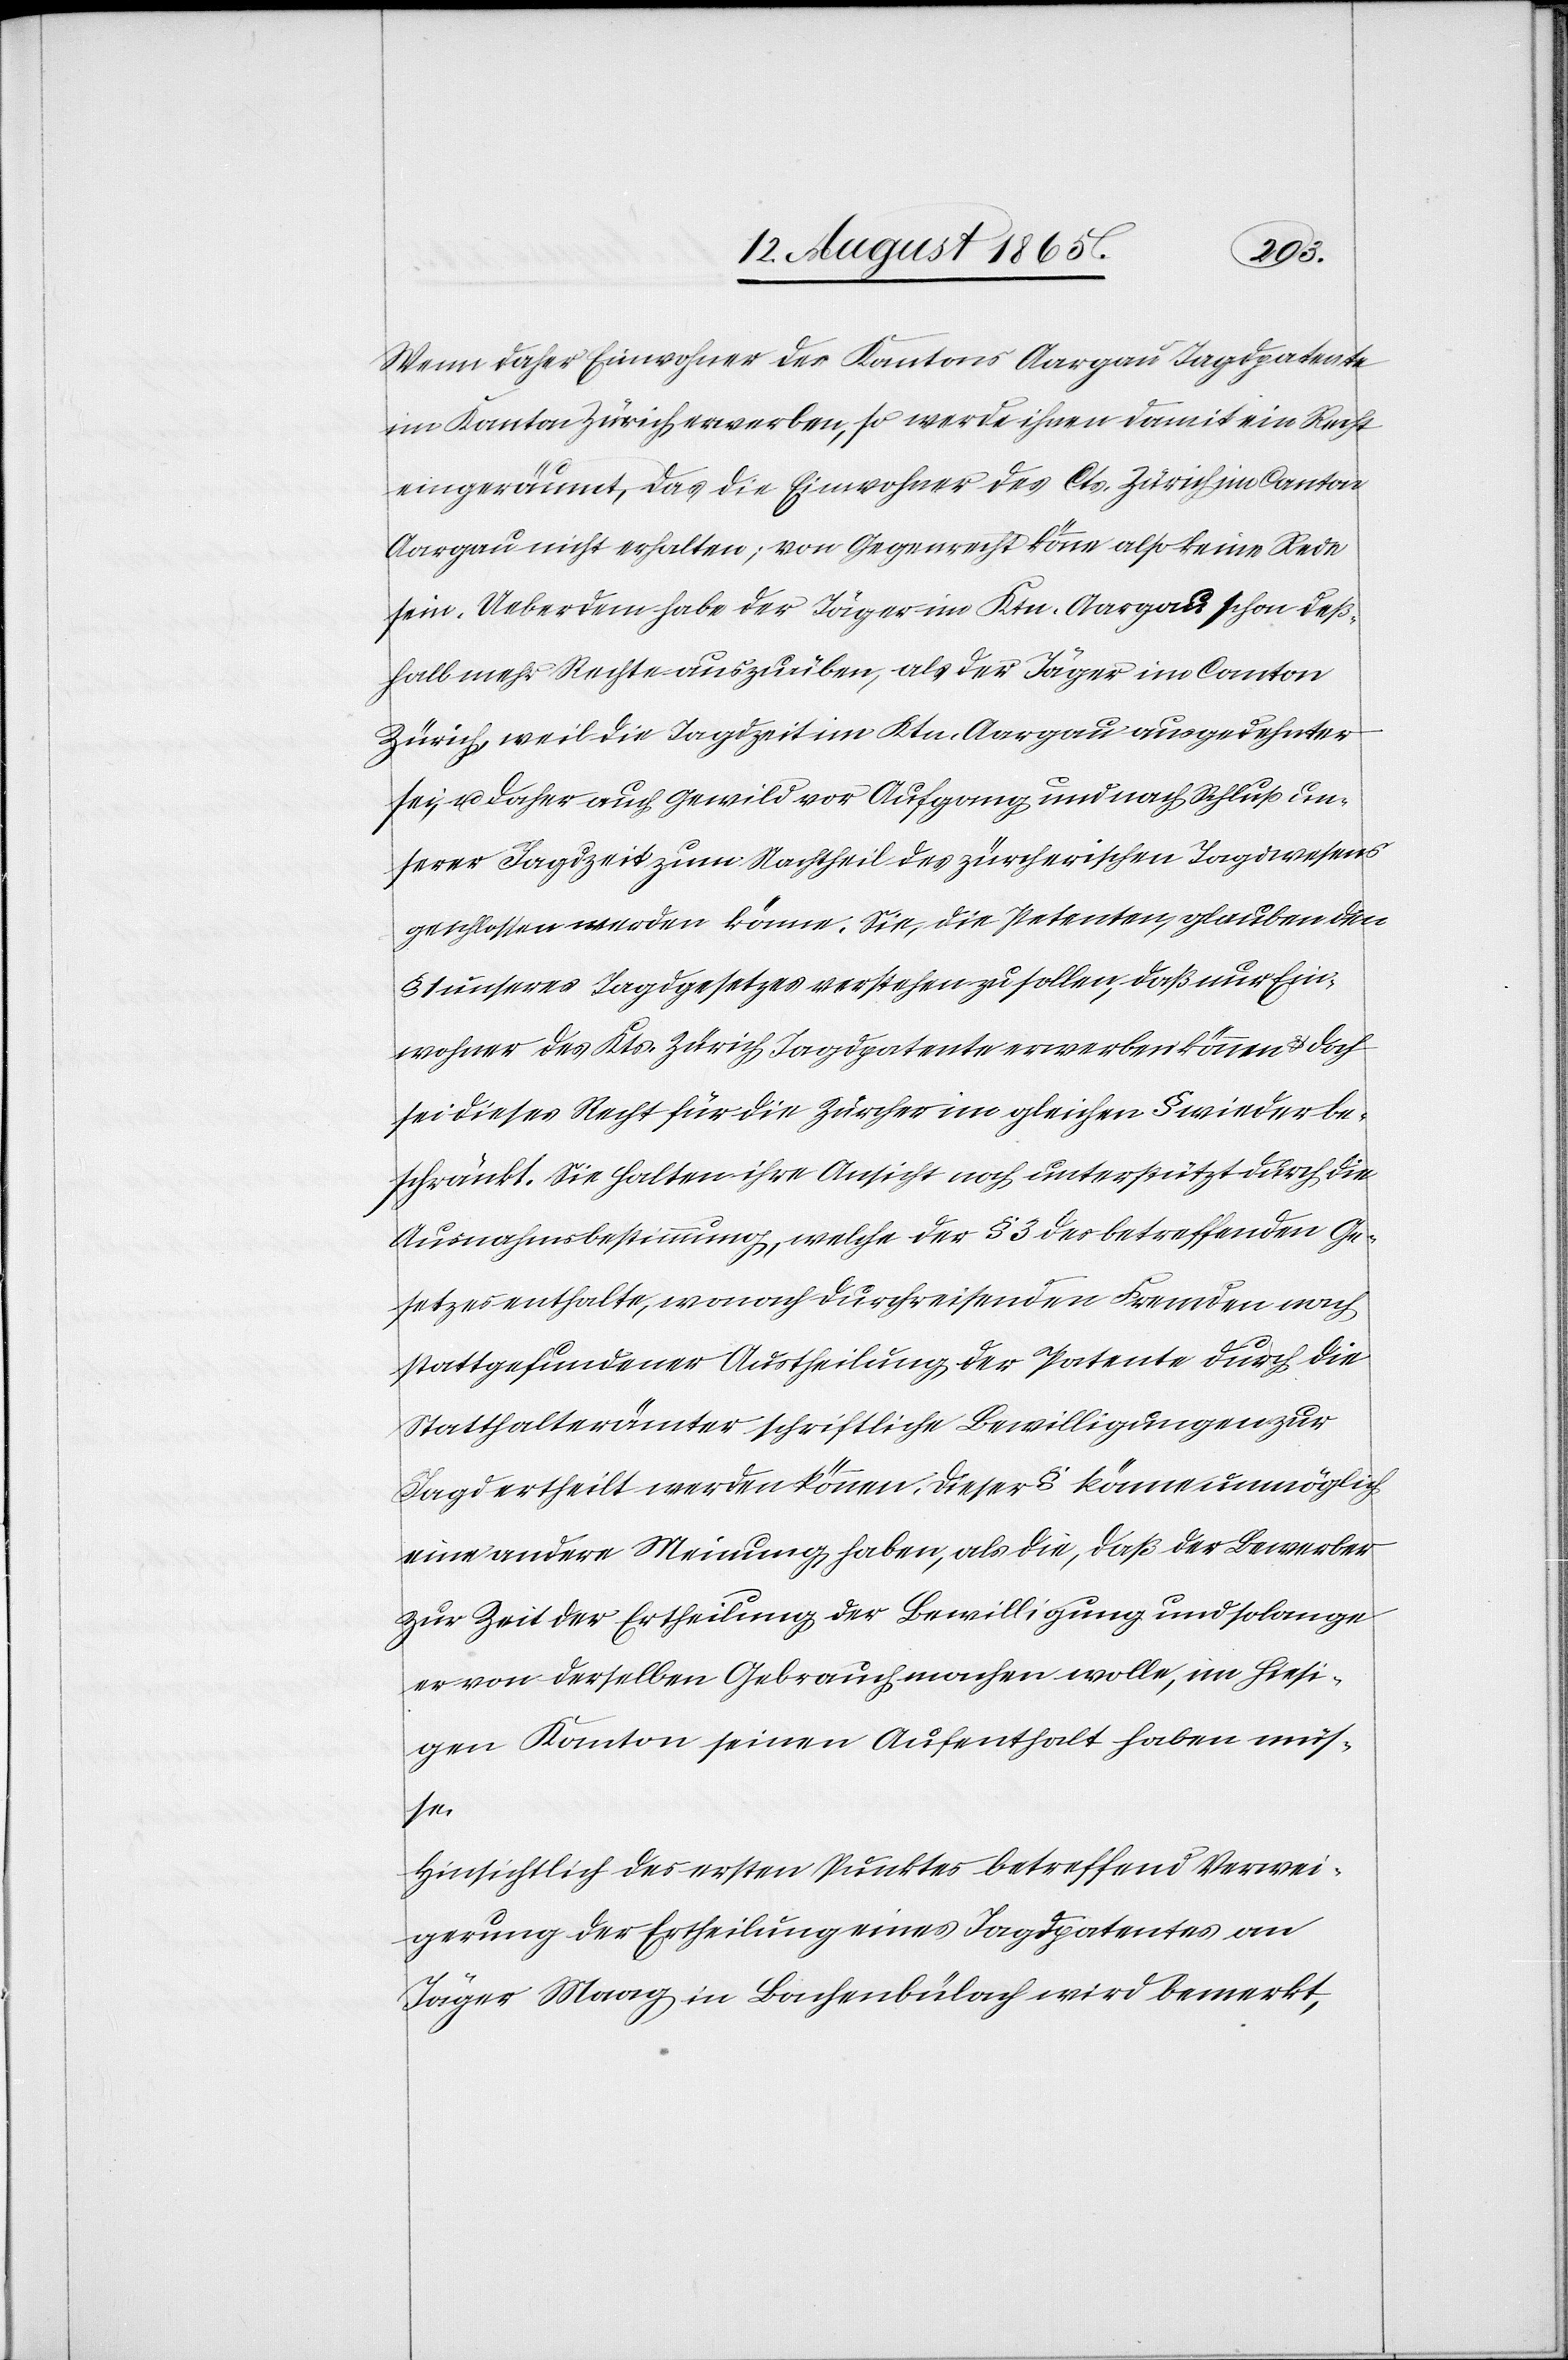
Wenn daher Einwohner des Kantons Aargau Jagdpatente
im Kanton Zürich erwerben, so werde ihnen damit ein Recht
eingeräumt, das die Einwohner des Cts. Zürich im Canton
Aargau nicht erhalten; von Gegenrecht könne also keine Rede
sein. Ueberdem habe der Jäger im Ktn. Aargau schon deß¬
halb mehr Rechte auszuüben, als der Jäger im Canton
Zürich, weil die Jagdzeit im Ktn. Aargau ausgedehnter
sei, u. daher auch Gewild vor Aufgang und nach Schluß un¬
serer Jagdzeit zum Nachtheil des zürcherischen Jagdwesens
geschossen werden könne. Sie, die Petenten, glauben den
1 unseres Jagdgesetzes verstehen zu sollen, daß nur Ein¬
wohner des Kts. Zürich Jagdpatente erwerben können u. doch
sei dieses Recht für die Zürcher im gleichen § wieder be¬
schränkt. Sie halten ihre Ansicht noch unterstützt durch die
Ausnahmsbestimmung, welche der § 3 des betreffenden Ge¬
setzes enthalte, wonach durchreisenden Fremden nach
stattgefundener Austheilung der Patente durch die
Statthalterämter schriftliche Bewilligungen zur
Jagd ertheilt werden können. Dieser § käme unmöglich
eine andere Meinung haben, als die, daß der Bewerber
zur Zeit der Ertheilung der Bewilligung und solange
er von derselben Gebrauch machen wolle, im hiesi¬
gen Kanton seinen Aufenthalt haben müs¬
se.
Hinsichtlich des ersten Punktes betreffend Verwei¬
gerung der Ertheilung eines Jagdpatentes an
Jäger Maag in Bachenbülach wird bemerkt,